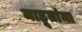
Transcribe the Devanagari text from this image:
माहूतांना